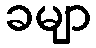
ခမျာ